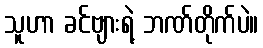
သူဟာ ခင်ဗျားရဲ့ ဘဏ်တိုက်ပဲ။